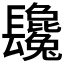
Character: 𨳂